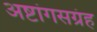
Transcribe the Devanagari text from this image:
अष्टांगसग्रंह